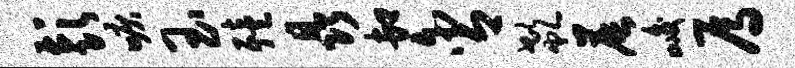
彭唳玉殪晶卸含欷晨峻焉